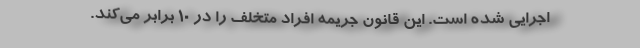
اجرایی شده است. این قانون جریمه افراد متخلف را در 10 برابر می‌کند.